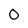
Character: 0